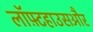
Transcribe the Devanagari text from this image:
लॉफ़्टहाउसऔर